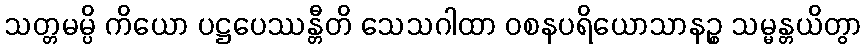
သတ္တမမ္ပိ ကိယော ပဋ္ဌပေဿန္တီတိ သေသဂါထာ ဝစနပရိယောသာနဉ္စ သမ္မန္တယိတွာ